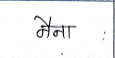
मजकूर: नैना